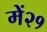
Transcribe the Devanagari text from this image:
में२१